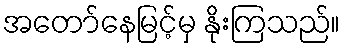
အတော်နေမြင့်မှ နိုးကြသည်။